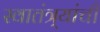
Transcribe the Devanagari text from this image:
स्वातंत्र्यांची